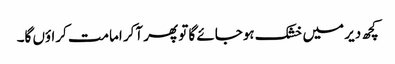
کچھ دیر میں خشک ہوجائے گا تو پھر آکر امامت کراؤں گا۔